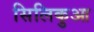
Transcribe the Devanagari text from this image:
सिलिकुआ